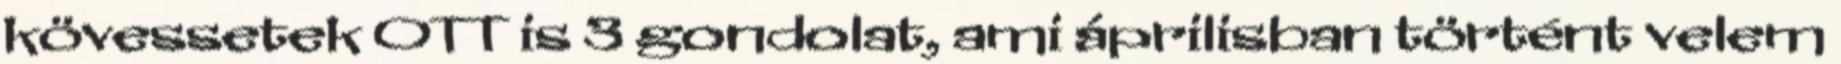
kövessetek OTT is 3 gondolat, ami áprilisban történt velem